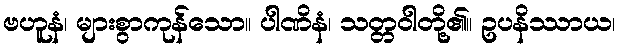
ဗဟူနံ၊ များစွာကုန်သော။ ပါဏိနံ၊ သတ္တဝါတို့၏။ ဥပနိဿာယ၊